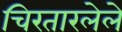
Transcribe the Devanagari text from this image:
चिरतारलेले